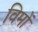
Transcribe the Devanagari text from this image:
विमों